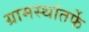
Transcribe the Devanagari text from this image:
ग्रामस्थांतर्फे